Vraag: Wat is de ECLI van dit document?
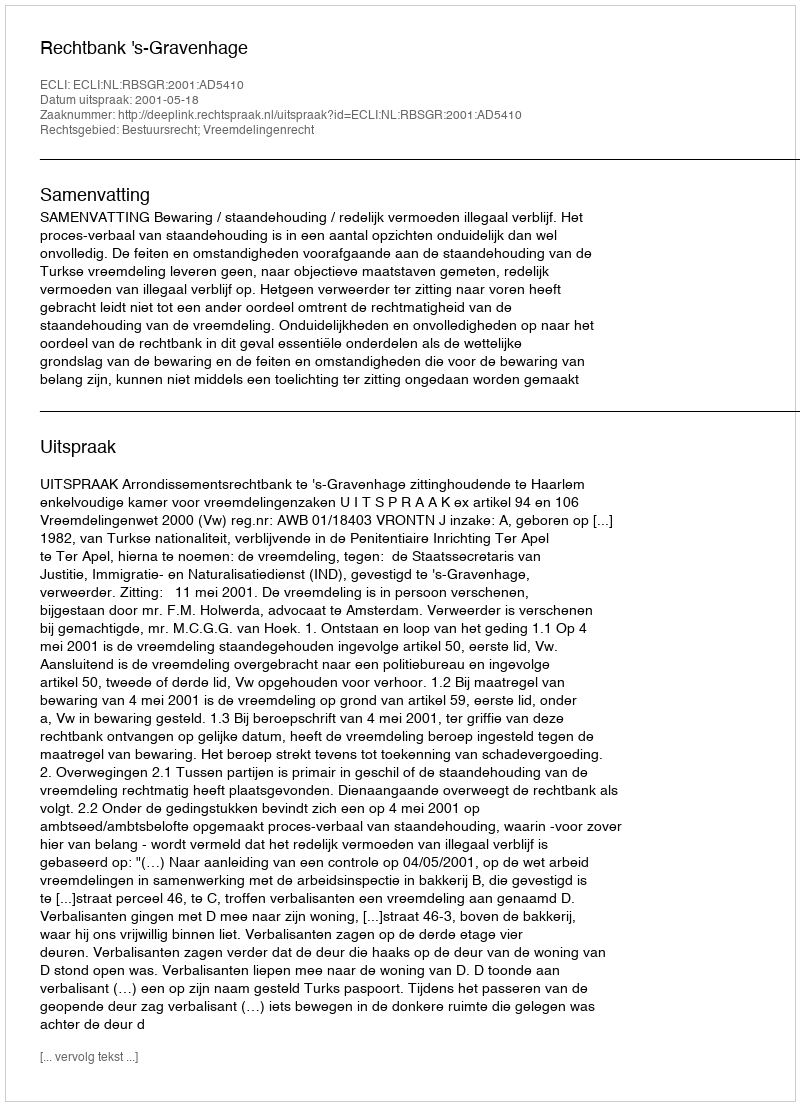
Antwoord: ECLI:NL:RBSGR:2001:AD5410